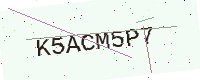
Text: K5ACM5P7